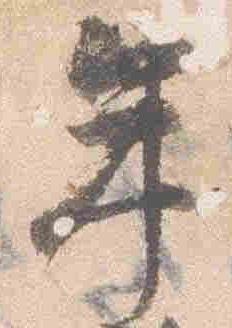
年